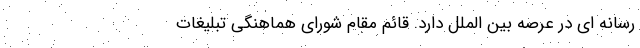
رسانه ای در عرصه بین الملل دارد. قائم مقام شورای هماهنگی تبلیغات